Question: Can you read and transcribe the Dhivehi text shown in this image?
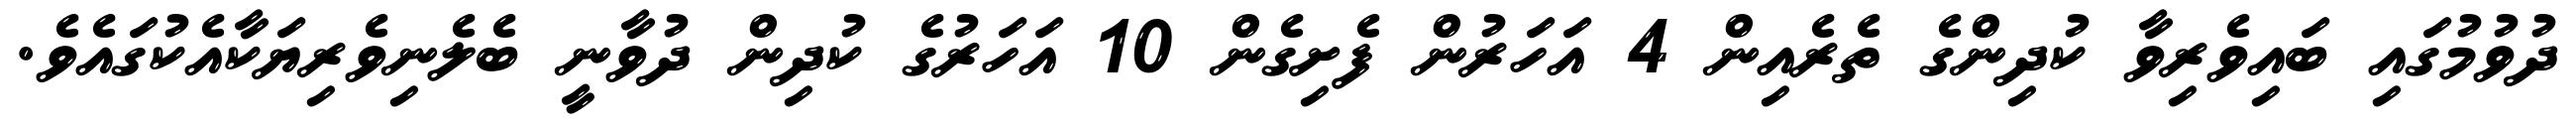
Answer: ދުވުމުގައި ބައިވެރިވާ ކުދިންގެ ތެރެއިން 4 އަހަރުން ފެށިގެން 10 އަހަރުގެ ކުދިން ދުވާނީ ބެލެނިވެރިޔަކާއެކުގައެވެ.